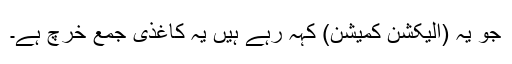
جو یہ (الیکشن کمیشن) کہہ رہے ہیں یہ کاغذی جمع خرچ ہے۔